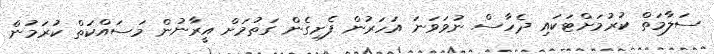
ސަލާމަތް ކުރުމަށްޓަކައި ދެހާސް ނުވަވަނަ އަހަރުން ފެށިގެން ގަތުމަށް އީރާނުން މަސައްކަތް ކުރަމުން